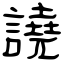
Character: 譊